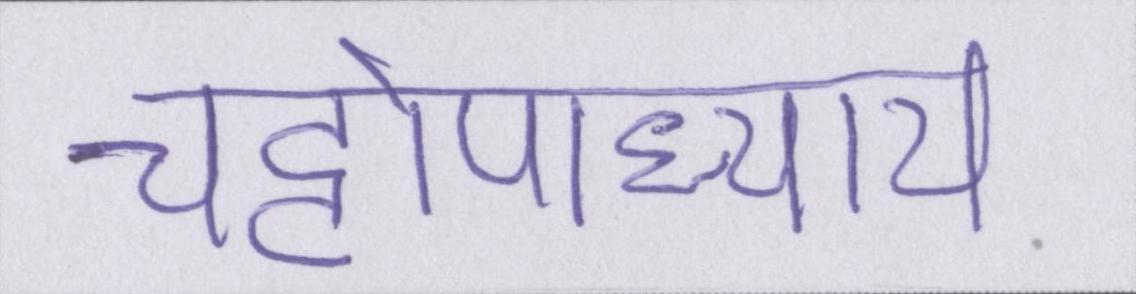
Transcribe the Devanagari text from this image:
चट्टोपाध्याय